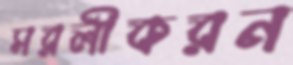
সরলীকরন